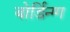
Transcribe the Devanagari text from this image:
बोर्डिन्ग्ग